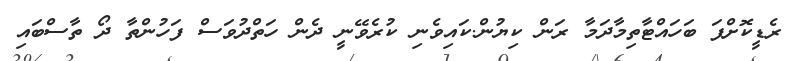
ރެޑީކޮށްފަ ބަހައްޓާތިމާދަމާ ރަން ކިޔުން.ކައިވެނި ކުރެވޭނީ ދެން ހަތްދުވަސް ފަހުންތާ ދޯ ތާސްބައި